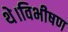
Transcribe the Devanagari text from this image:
थे।विभीषण